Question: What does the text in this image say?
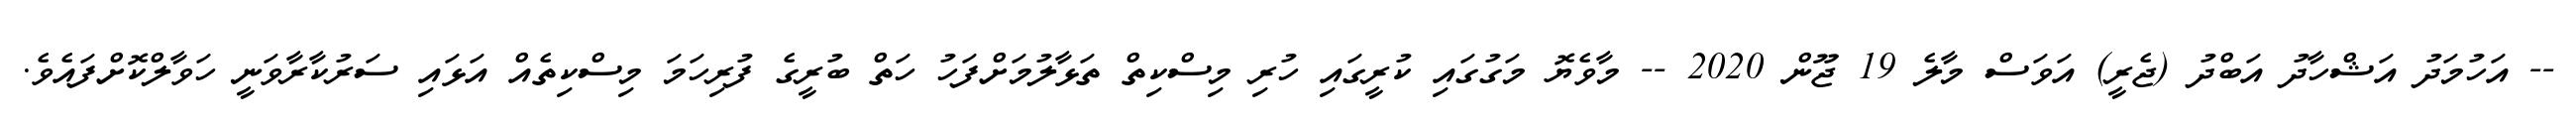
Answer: -- އަހުމަދު އަޝްހާދު އަބްދު (ޖެރީ) އަވަސް މާލެ 19 ޖޫން 2020 -- މާވެޔޮ މަގުގައި ކުރީގައި ހުރި މިސްކިތް ތަޅާލުމަށްފަހު ހަތް ބުރީގެ ފުރިހަމަ މިސްކިތެއް އަޅައި ސަރުކާރާވަނީ ހަވާލްކޮށްފައެވެ.